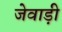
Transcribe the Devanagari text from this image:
जेवाड़ी